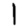
Digit: 1